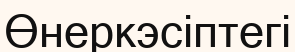
Өнеркэсіптегі